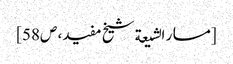
[مسار الشیعة شیخ مفید، ص58]